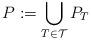
LaTeX: \begin{align*} P := \bigcup_{T \in \mathcal{T}} P_{T} \end{align*}